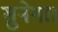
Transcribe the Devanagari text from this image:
सुनेगा।